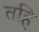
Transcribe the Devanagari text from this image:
तहि